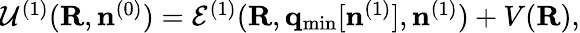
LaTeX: \begin{array}{r}{{\cal U}^{(1)}({\mathbf R},{\mathbf n}^{(0)})={\cal E}^{(1)}({\mathbf R},{\mathbf q}_{\mathrm{min}}[{\mathbf n}^{(1)}],{\mathbf n}^{(1)})+V({\mathbf R}),}\end{array}